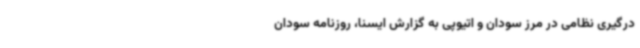
درگیری نظامی در مرز سودان و اتیوپی به گزارش ایسنا، روزنامه سودان